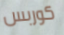
كوربس